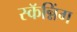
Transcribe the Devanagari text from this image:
स्कॅन्निंग